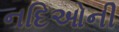
નદિઓની